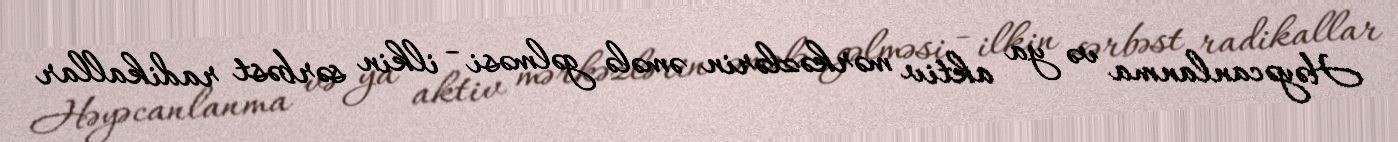
Həyəcanlanma və ya aktiv mərkəzlərin əmələ gəlməsi - ilkin sərbəst radikallar